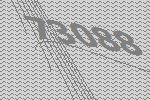
73088